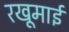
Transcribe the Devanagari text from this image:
रखूमाई